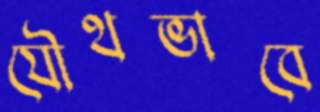
যৌথভাবে